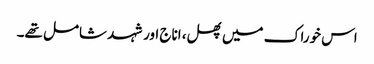
اس خوراک میں پھل، اناج اور شہد شامل تھے۔